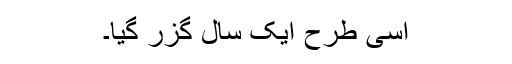
اسی طرح ایک سال گزر گیا۔